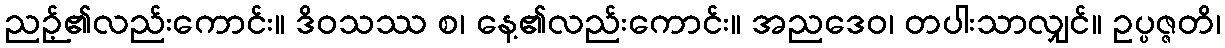
ညဉ့်၏လည်းကောင်း။ ဒိဝသဿ စ၊ နေ့၏လည်းကောင်း။ အညဒေဝ၊ တပါးသာလျှင်။ ဥပ္ပဇ္ဇတိ၊